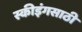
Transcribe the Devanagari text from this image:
स्कीइंगसाठी